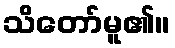
သိတော်မူ၏။